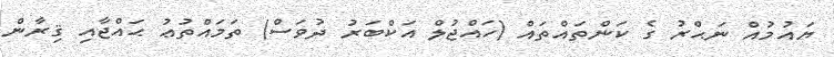
ޔައުމުއް ނަޙްރު ގެ ކަންތައްތައް (ހައްޖުލް އަކްބަރު ދުވަސް) ތަމައްތުޢު ޙައްޖާއި ޤިރާން